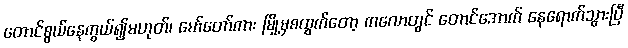
တောင်စွယ်နေကွယ်၍မဟုတ်၊ မော်တော်ကား မြို့မှစထွက်တော့ ကလောတွင် တောင်အောက် နေရောက်သွားပြီ